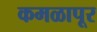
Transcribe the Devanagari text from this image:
कमळापूर